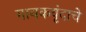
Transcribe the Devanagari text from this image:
गायकवृंदाचे